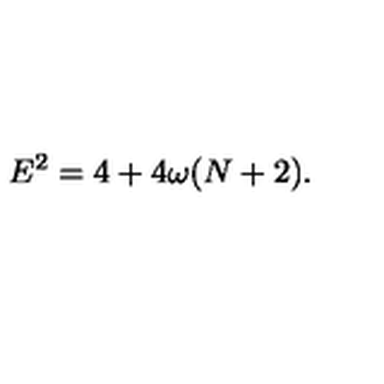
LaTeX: E ^ { 2 } = 4 + 4 \omega ( N + 2 ) .